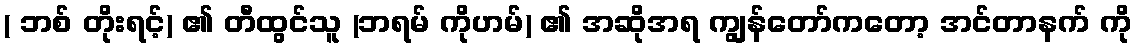
( ဘစ် တိုးရင့်) ၏ တီထွင်သူ (ဘရမ် ကိုဟမ်) ၏ အဆိုအရ ကျွန်တော်ကတော့ အင်တာနက် ကို